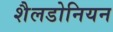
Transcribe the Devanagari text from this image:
शैलडोनियन